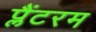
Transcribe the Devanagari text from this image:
प्लैंटरम